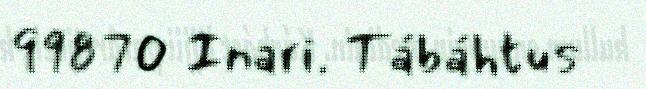
99870 Inari. Tábáhtus